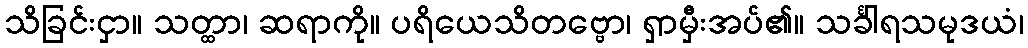
သိခြင်းငှာ။ သတ္ထာ၊ ဆရာကို။ ပရိယေသိတဗ္ဗော၊ ရှာမှီးအပ်၏။ သင်္ခါရသမုဒယံ၊